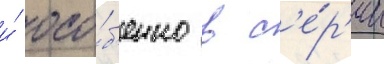
и́ осо́б'енно в с'е́р'ии